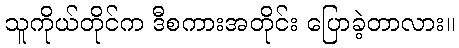
သူကိုယ်တိုင်က ဒီစကားအတိုင်း ပြောခဲ့တာလား။